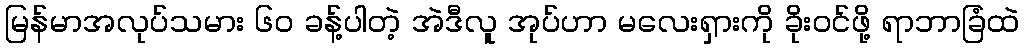
မြန်မာအလုပ်သမား ၆၀ ခန့်ပါတဲ့ အဲဒီလူ အုပ်ဟာ မလေးရှားကို ခိုးဝင်ဖို့ ရာဘာခြံထဲ